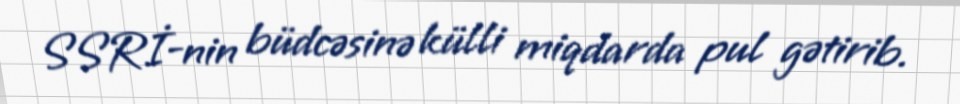
SSRİ-nin büdcəsinə külli miqdarda pul gətirib.